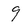
Character: 9